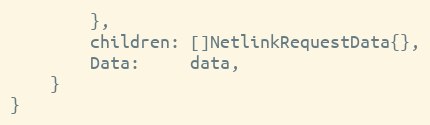
Language: Go
		},
		children: []NetlinkRequestData{},
		Data:     data,
	}
}